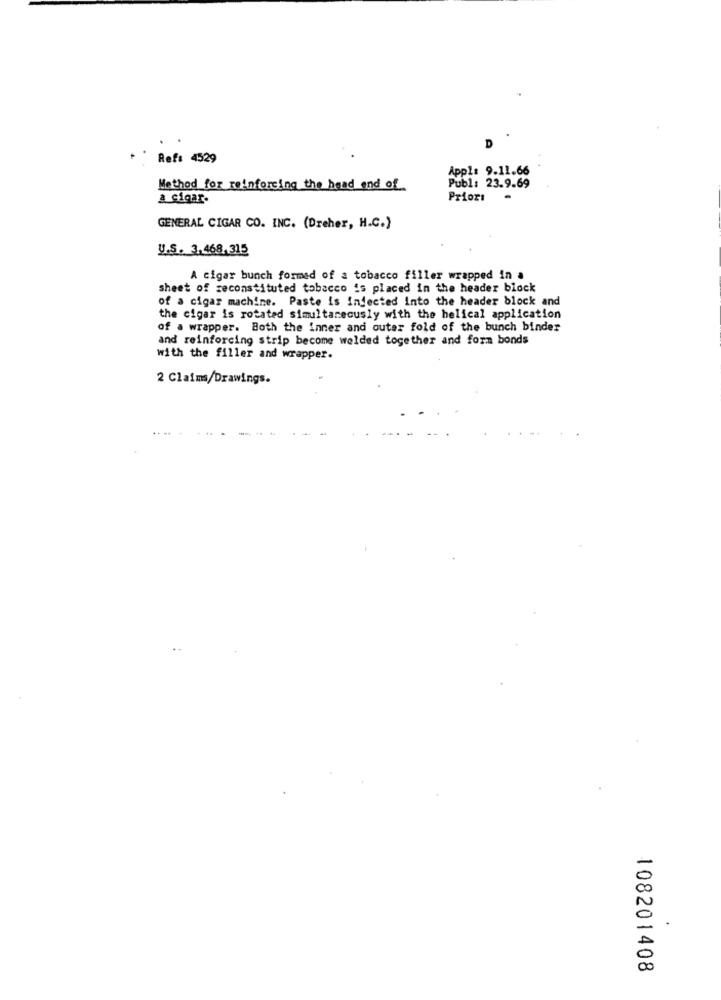
D
Ref: 4529
App1: 9.11.66
Publ: 23.9.69
Method for reinforcing the head and of
a cigar.
Priori
GENERAL CIGAR CO. INC. (Dreher, H.C.)
U.S. 3.468,315
A cigar bunch formed of a tobacco filler wrapped in a
sheet of reconstituted tobacco is placed in the header block
of a cigar machine. Paste is injected into the header block and
the cigar is rotated simultaneously with the helical application
of a wrapper. Both the inner and outer fold of the bunch binder
and reinforcing strip become welded together and form bonds
with the filler and wrapper.
2 Claims/Drawings.
.
108201408